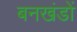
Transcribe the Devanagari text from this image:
बनखंडों